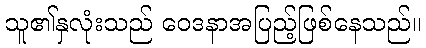
သူ၏နှလုံးသည် ဝေဒနာအပြည့်ဖြစ်နေသည်။